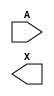
module sky130_fd_sc_ms__bufbuf (
    //# {{data|Data Signals}}
    input  A,
    output X
);

    // Voltage supply signals
    supply1 VPWR;
    supply0 VGND;
    supply1 VPB ;
    supply0 VNB ;

endmodule